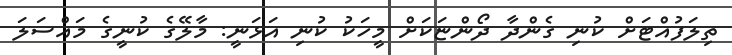
ތިލަފުއްޓަށް ކުނި ގެންދާ ދޯންޏަކަށް މީހަކު ކުނި އަޅަނީ: މާލޭގެ ކުނީގެ މައްސަލަ